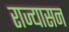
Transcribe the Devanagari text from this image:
राज्यासन